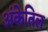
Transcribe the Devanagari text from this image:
अंकेतिल